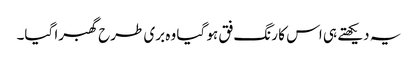
یہ دیکھتے ہی اس کا رنگ فق ہو گیا وہ بری طرح گھبرا گیا۔